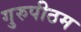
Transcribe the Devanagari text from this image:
गुरुपीठम